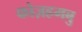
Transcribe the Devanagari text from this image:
कोज़हमबु